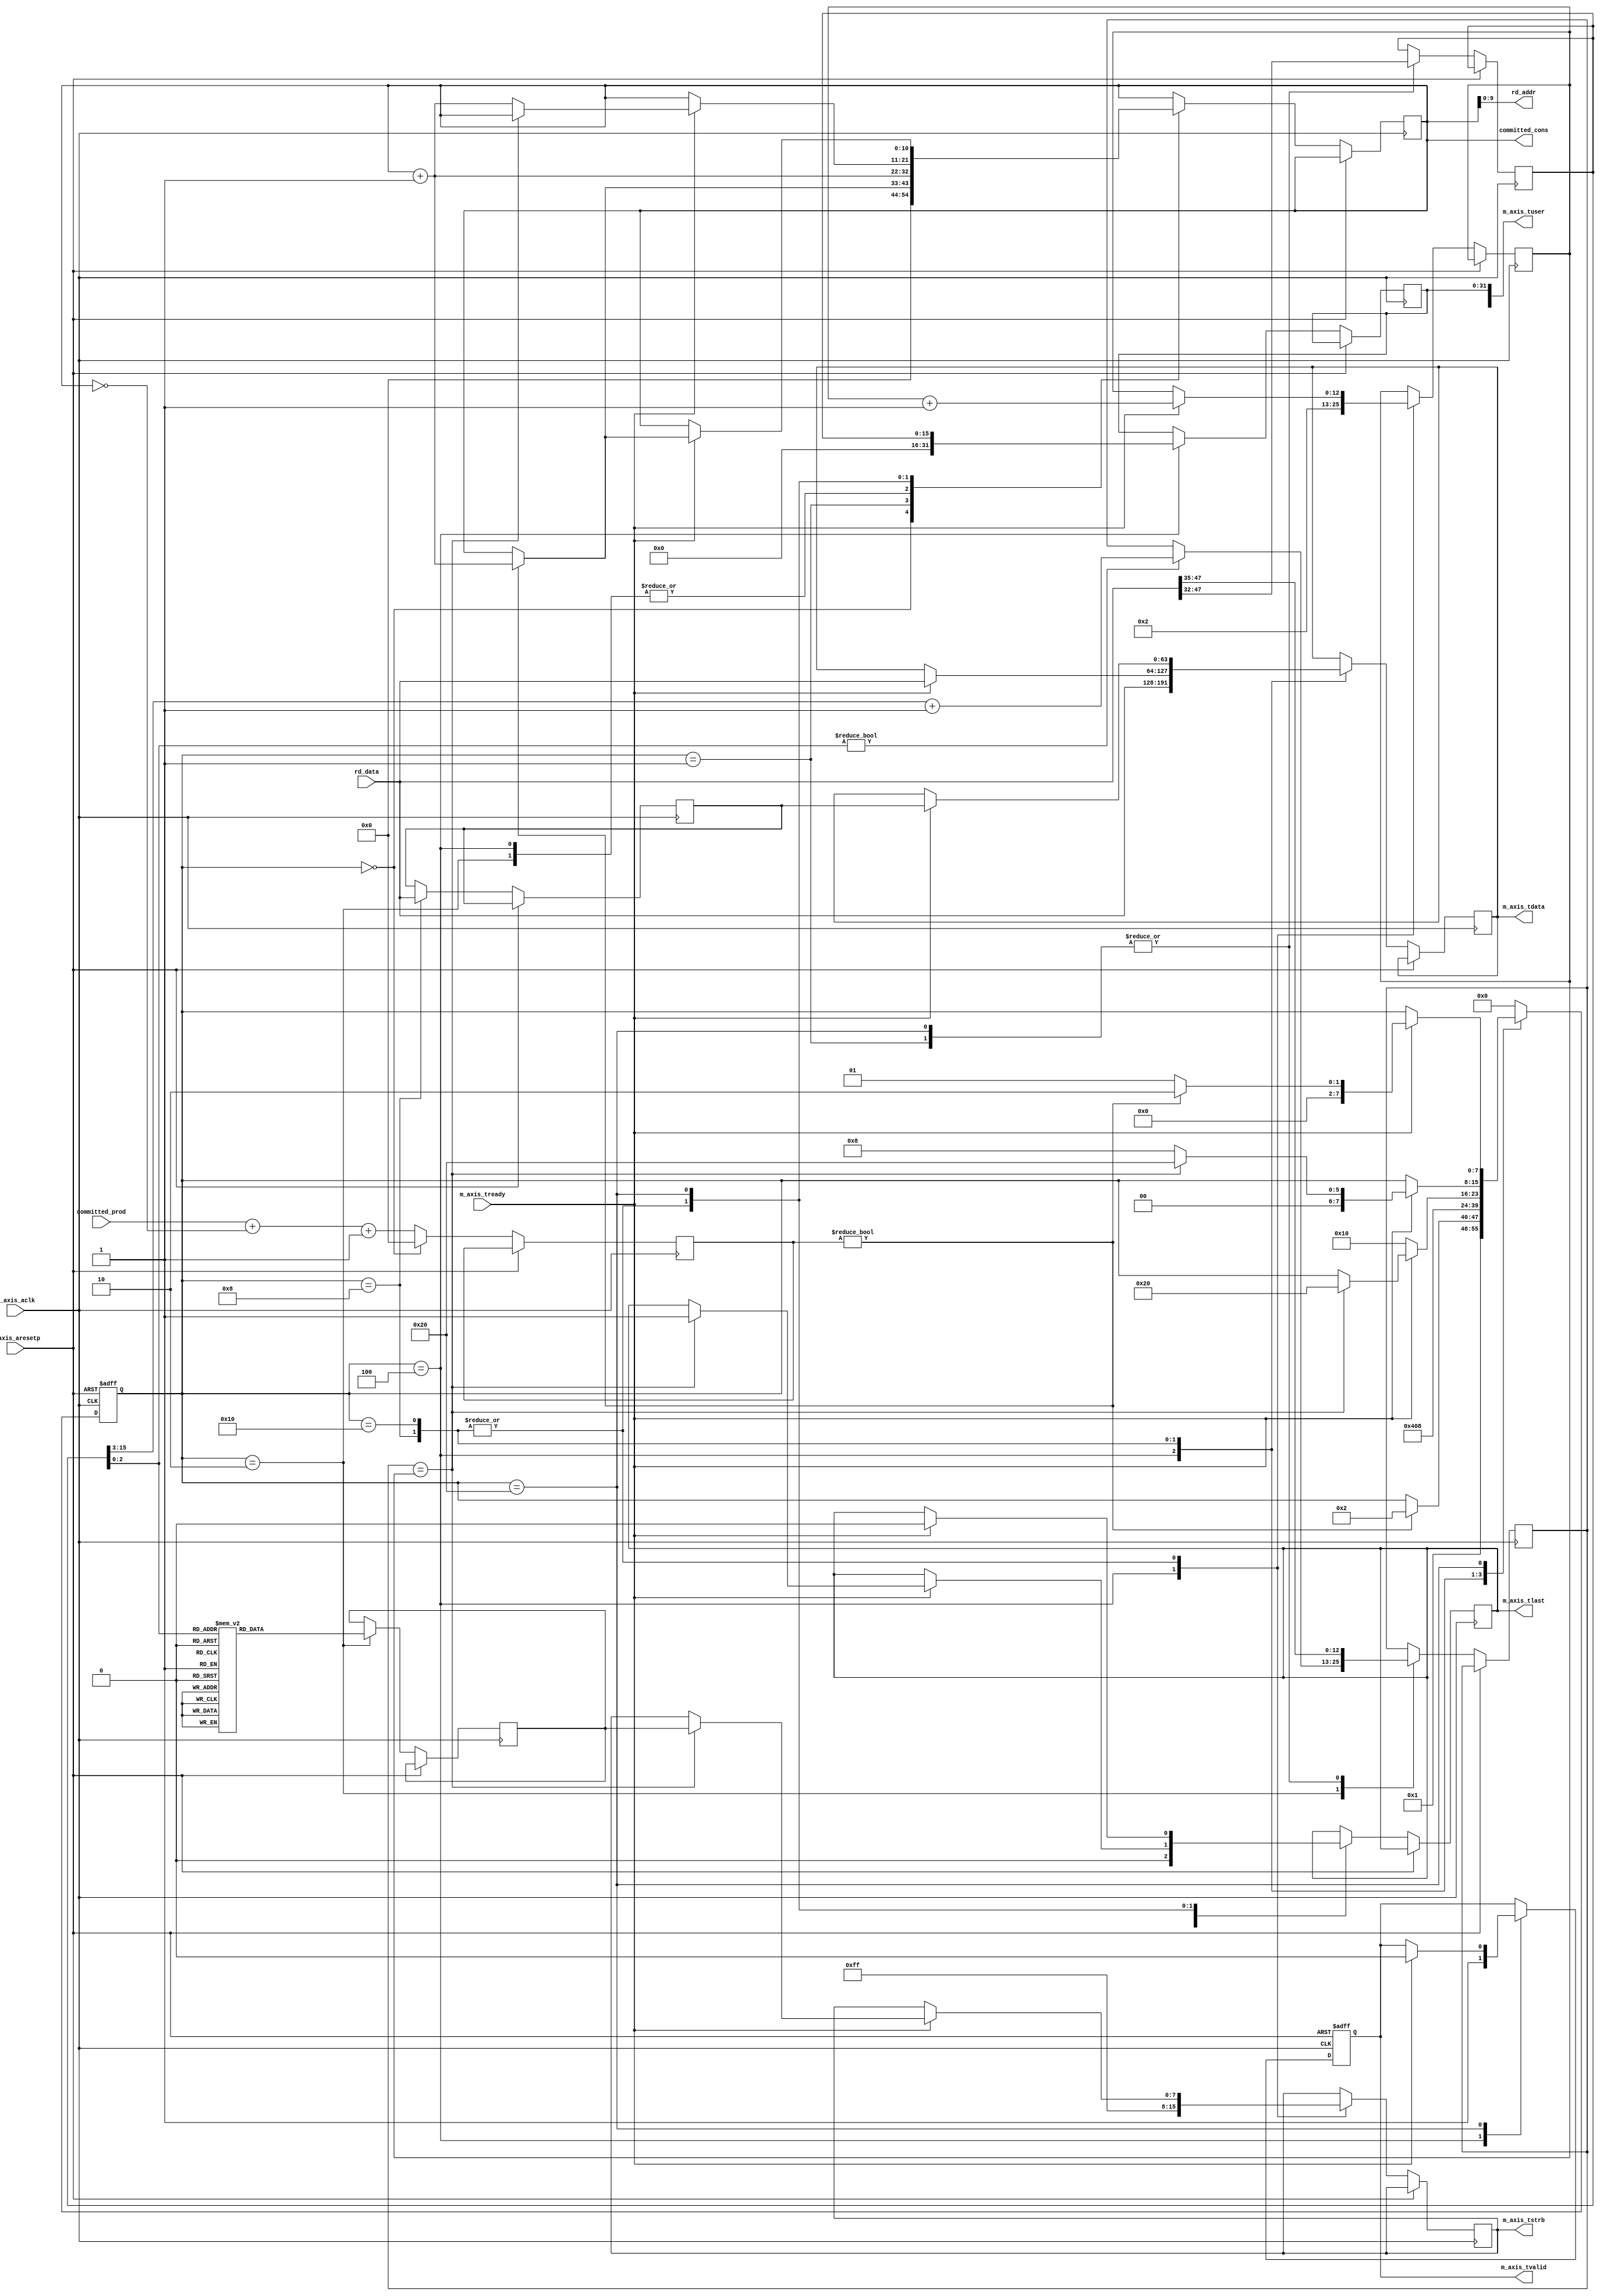
/*******************************************************************************
*
*  NetFPGA-10G http://www.netfpga.org
*
*  File:
*        ibuf2axis.v
*
*  Project:
*
*
*  Author:
*        Marco Forconesi
*
*  Description:
*        Reads ibuf and send through AXI4-Stream.
*
*
*    This code is initially developed for the Network-as-a-Service (NaaS) project.
*
*  Copyright notice:
*        Copyright (C) 2014 University of Cambridge
*
*  Licence:
*        This file is part of the NetFPGA 10G development base package.
*
*        This file is free code: you can redistribute it and/or modify it under
*        the terms of the GNU Lesser General Public License version 2.1 as
*        published by the Free Software Foundation.
*
*        This package is distributed in the hope that it will be useful, but
*        WITHOUT ANY WARRANTY; without even the implied warranty of
*        MERCHANTABILITY or FITNESS FOR A PARTICULAR PURPOSE.  See the GNU
*        Lesser General Public License for more details.
*
*        You should have received a copy of the GNU Lesser General Public
*        License along with the NetFPGA source package.  If not, see
*        http://www.gnu.org/licenses/.
*
*/

//////////////////////////////////////////////////////////////////////////////////////////////
//////////////////////////////////////////////////////////////////////////////////////////////
`timescale 1ns / 1ps
//`default_nettype none

module ibuf2axis # (
    parameter BW = 10,
    parameter DST_PORT = 8'h00
    ) (

    input                    m_axis_aclk,
    input                    m_axis_aresetp,

    // AXIS
    output reg   [63:0]      m_axis_tdata,
    output reg   [7:0]       m_axis_tstrb,
    output reg   [127:0]     m_axis_tuser,
    output reg               m_axis_tvalid,
    output reg               m_axis_tlast,
    input                    m_axis_tready,

    // mac2ibuf
    input        [BW:0]      committed_prod,
    output       [BW:0]      committed_cons,

    // ibuf
    output       [BW-1:0]    rd_addr,
    input        [63:0]      rd_data
    );

    // localparam
    localparam s0 = 8'b00000000;
    localparam s1 = 8'b00000001;
    localparam s2 = 8'b00000010;
    localparam s3 = 8'b00000100;
    localparam s4 = 8'b00001000;
    localparam s5 = 8'b00010000;
    localparam s6 = 8'b00100000;
    localparam s7 = 8'b01000000;
    localparam s8 = 8'b10000000;

    //-------------------------------------------------------
    // Local snd_fsm
    //-------------------------------------------------------   
    reg          [7:0]       snd_fsm;
    reg          [15:0]      len;
    reg          [BW:0]      rd_addr_i;
    reg          [BW:0]      diff;
    reg          [7:0]       last_tstrb;
    reg          [12:0]      qw_len;
    reg          [12:0]      qw_snt;
    reg          [63:0]      ax_rd_data;

    //-------------------------------------------------------
    // assigns
    //-------------------------------------------------------
    assign rd_addr = rd_addr_i;
    assign committed_cons = rd_addr_i;

    ////////////////////////////////////////////////
    // snd_fsm
    ////////////////////////////////////////////////
    always @(posedge m_axis_aclk or posedge m_axis_aresetp) begin

        if (m_axis_aresetp) begin  // rst
            m_axis_tvalid <= 1'b0;
            snd_fsm <= s0;
        end
        
        else begin  // not rst

            diff <= committed_prod + (~rd_addr_i) +1;

            case (snd_fsm)

                s0 : begin
                    diff <= 'b0;
                    rd_addr_i <= 'b0;
                    snd_fsm <= s1;
                end

                s1 : begin
                    len <= rd_data[47:32];
                    qw_len <= rd_data[47:35];
                    if (diff) begin
                        rd_addr_i <= rd_addr_i + 1;
                        snd_fsm <= s2;
                    end
                end

                s2 : begin
                    if (len[2:0]) begin
                        qw_len <= len[15:3] + 1;
                    end

                    (* parallel_case *)
                    case (len[2:0])                    // my deco
                        3'b000 : begin
                            last_tstrb <= 8'b11111111;
                        end
                        3'b001 : begin
                            last_tstrb <= 8'b00000001;
                        end
                        3'b010 : begin
                            last_tstrb <= 8'b00000011;
                        end
                        3'b011 : begin
                            last_tstrb <= 8'b00000111;
                        end
                        3'b100 : begin
                            last_tstrb <= 8'b00001111;
                        end
                        3'b101 : begin
                            last_tstrb <= 8'b00011111;
                        end
                        3'b110 : begin
                            last_tstrb <= 8'b00111111;
                        end
                        3'b111 : begin
                            last_tstrb <= 8'b01111111;
                        end
                    endcase
                    rd_addr_i <= rd_addr_i + 1;
                    snd_fsm <= s3;
                end

                s3 : begin
                    m_axis_tdata <= rd_data;
                    m_axis_tstrb <= 8'hFF;
                    m_axis_tuser[31:0] <= {DST_PORT, 8'b0, len};
                    m_axis_tvalid <= 1'b1;
                    m_axis_tlast <= 1'b0;
                    rd_addr_i <= rd_addr_i + 1;
                    qw_snt <= 'h2;
                    snd_fsm <= s4;
                end

                s4 : begin
                    ax_rd_data <= rd_data;
                    if (m_axis_tready) begin
                        rd_addr_i <= rd_addr_i + 1;
                        m_axis_tdata <= rd_data;
                        qw_snt <= qw_snt + 1;
                        if (qw_len == qw_snt) begin
                            rd_addr_i <= rd_addr_i;
                            m_axis_tstrb <= last_tstrb;
                            m_axis_tlast <= 1'b1;
                            snd_fsm <= s6;
                        end
                    end
                    else begin
                        snd_fsm <= s5;
                    end
                end

                s5 : begin
                    if (m_axis_tready) begin
                        rd_addr_i <= rd_addr_i + 1;
                        m_axis_tdata <= ax_rd_data;
                        qw_snt <= qw_snt + 1;
                        if (qw_len == qw_snt) begin
                            rd_addr_i <= rd_addr_i;
                            m_axis_tstrb <= last_tstrb;
                            m_axis_tlast <= 1'b1;
                            snd_fsm <= s6;
                        end
                        else begin
                            snd_fsm <= s4;
                        end
                    end
                end

                s6 : begin
                    len <= rd_data[47:32];
                    qw_len <= rd_data[47:35];
                    if (m_axis_tready) begin
                        m_axis_tlast <= 1'b0;
                        m_axis_tvalid <= 1'b0;
                        if (diff) begin
                            rd_addr_i <= rd_addr_i + 1;
                            snd_fsm <= s2;
                        end
                        else begin
                            snd_fsm <= s1;
                        end
                    end
                end

                default : begin 
                    snd_fsm <= s0;
                end

            endcase
        end     // not rst
    end  //always

endmodule // ibuf2axis

//////////////////////////////////////////////////////////////////////////////////////////////
//////////////////////////////////////////////////////////////////////////////////////////////